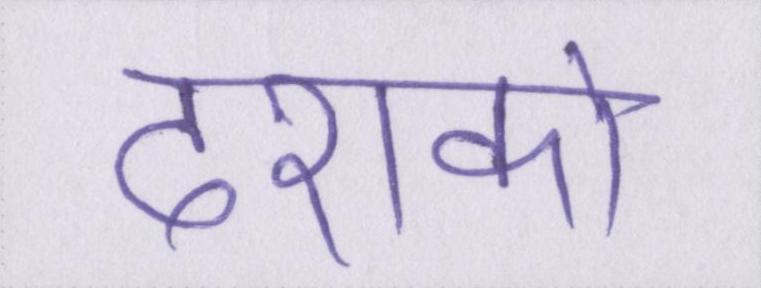
दशको